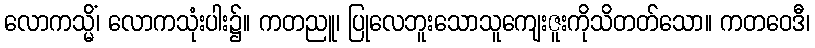
လောကသ္မိံ၊ လောကသုံးပါး၌။ ကတညူ၊ ပြုလေဘူးသောသူကျေးဇူးကိုသိတတ်သော။ ကတဝေဒီ၊